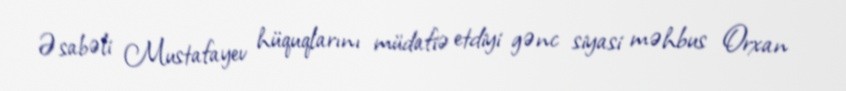
Əsabəli Mustafayev hüquqlarını müdafiə etdiyi gənc siyasi məhbus Orxan